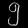
Digit: ၅